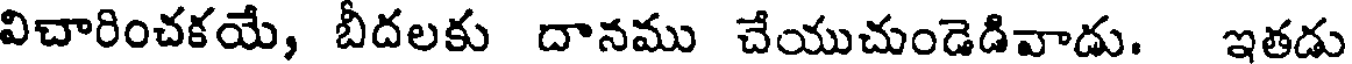
విచారించకయే, బీదలకు దానము చేయుచుండెడివాడు. ఇతడు